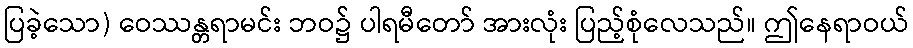
ပြခဲ့သော) ဝေဿန္တရာမင်း ဘဝ၌ ပါရမီတော် အားလုံး ပြည့်စုံလေသည်။ ဤနေရာဝယ်